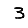
Digit: 3